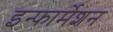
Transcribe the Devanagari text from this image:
इन्‍फार्मेशन